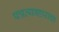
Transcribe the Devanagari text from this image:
पत्रव्यवहाराचा